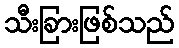
သီးခြားဖြစ်သည်